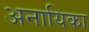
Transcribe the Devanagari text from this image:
अनायिका